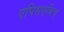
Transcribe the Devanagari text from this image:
एपिसएविच्